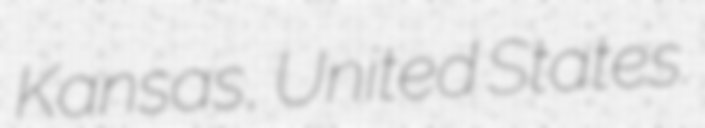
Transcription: Kansas, United States.